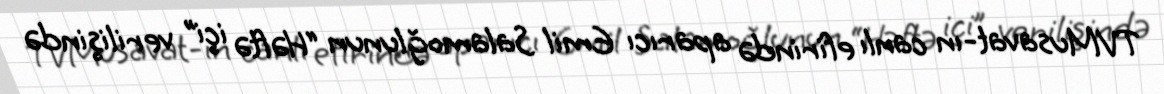
TVMusavat-ın canlı efirində aparıcı Emil Salamoğlunun “Həftə içi” verilişində